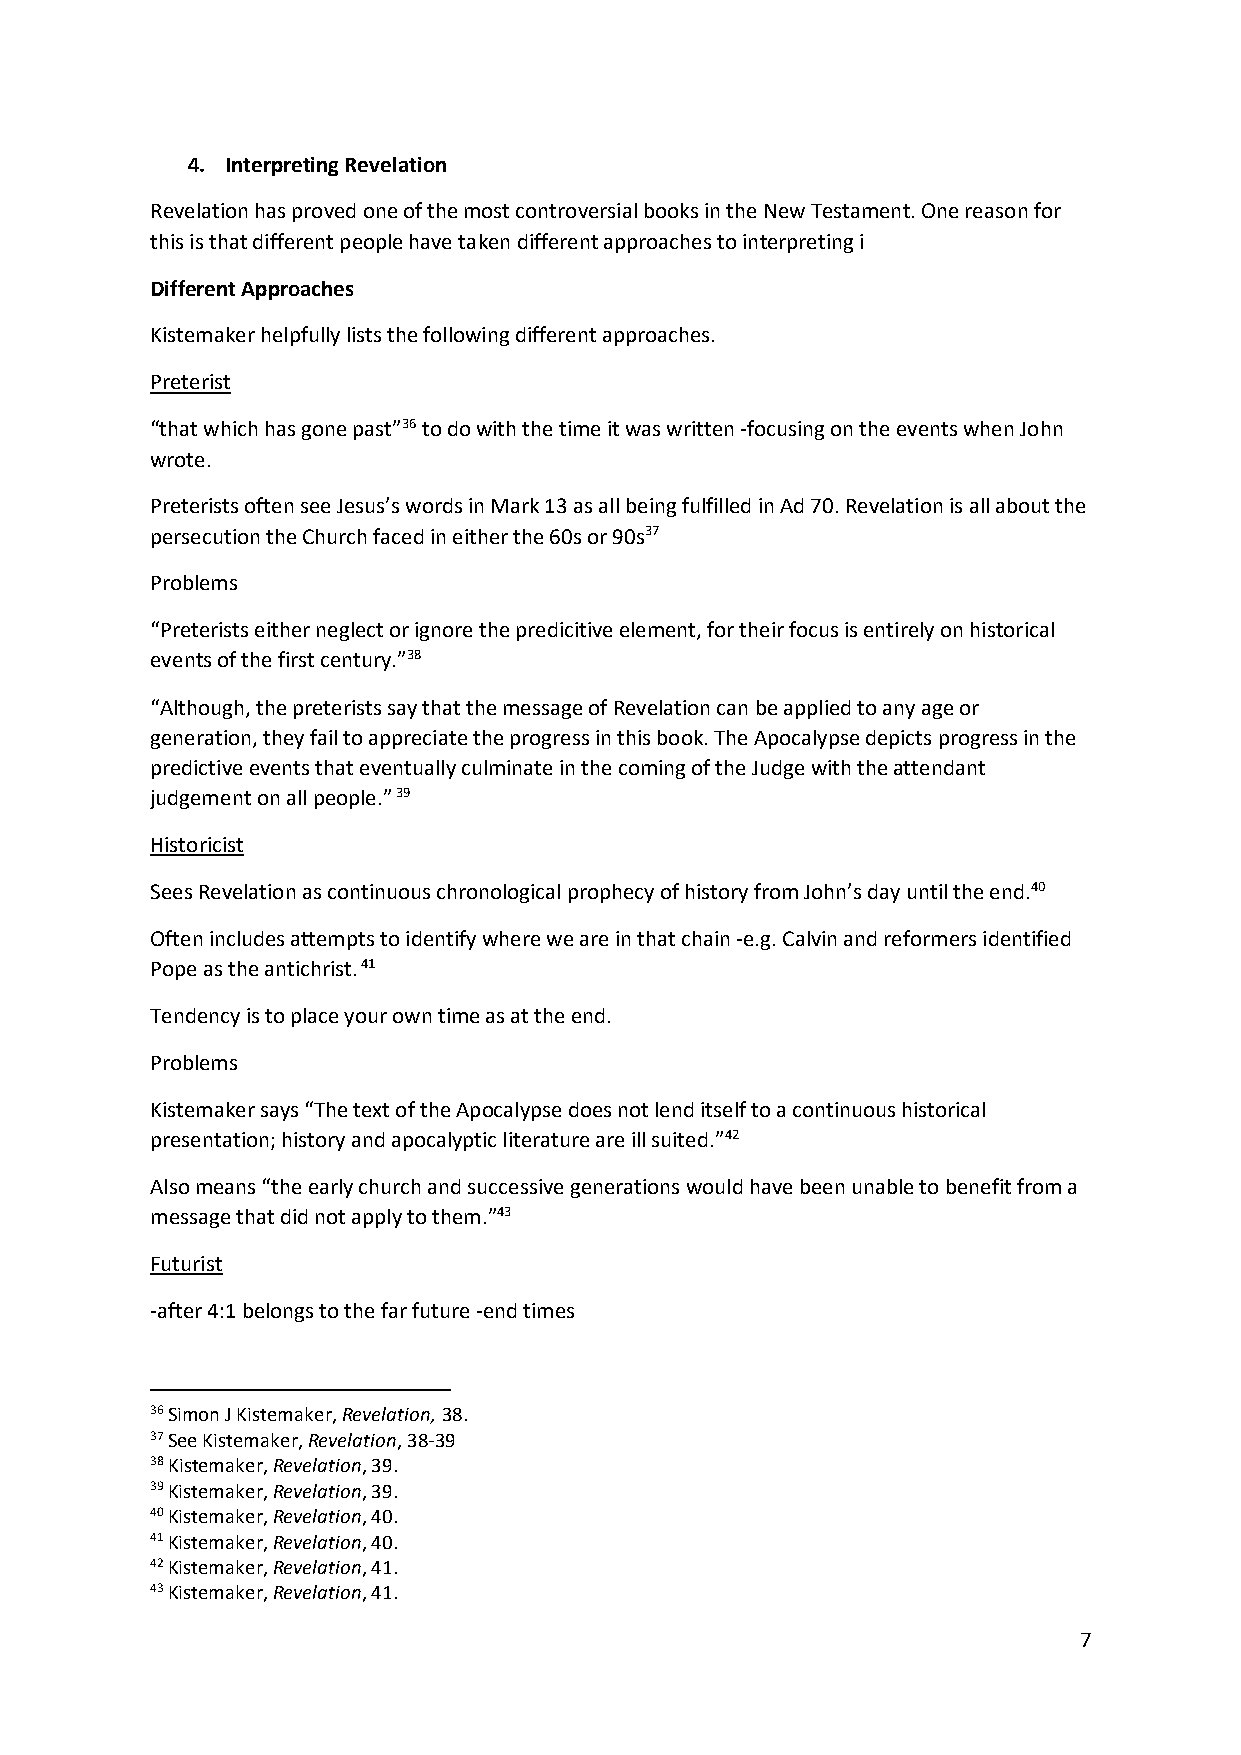
4. Interpreting Revelation
 Revelation has proved one of the most controversial books in the New Testament. One reason for
 this is that different people have taken different approaches to interpreting i
 Different Approaches
 Kistemaker helpfully lists the following different approaches.
 Preterist
 “that which has gone past”36 to do with the time it was written -focusing on the events when John
 wrote.
 Preterists often see Jesus’s words in Mark 13 as all being fulfilled in Ad 70. Revelation is all about the
 persecution the Church faced in either the 60s or 90s37
 Problems
 “Preterists either neglect or ignore the predicitive element, for their focus is entirely on historical
 events of the first century.”38
 “Although, the preterists say that the message of Revelation can be applied to any age or
 generation, they fail to appreciate the progress in this book. The Apocalypse depicts progress in the
 predictive events that eventually culminate in the coming of the Judge with the attendant
 judgement on all people.” 39
 Historicist
 Sees Revelation as continuous chronological prophecy of history from John’s day until the end.40
 Often includes attempts to identify where we are in that chain -e.g. Calvin and reformers identified
 Pope as the antichrist. 41
 Tendency is to place your own time as at the end.
 Problems
 Kistemaker says “The text of the Apocalypse does not lend itself to a continuous historical
 presentation; history and apocalyptic literature are ill suited.”42
 Also means “the early church and successive generations would have been unable to benefit from a
 message that did not apply to them.”43
 Futurist
 -after 4:1 belongs to the far future -end times
 36 Simon J Kistemaker, Revelation, 38.
 37 See Kistemaker, Revelation, 38-39
 38 Kistemaker, Revelation, 39.
 39 Kistemaker, Revelation, 39.
 40 Kistemaker, Revelation, 40.
 41 Kistemaker, Revelation, 40.
 42 Kistemaker, Revelation, 41.
 43 Kistemaker, Revelation, 41.
 7